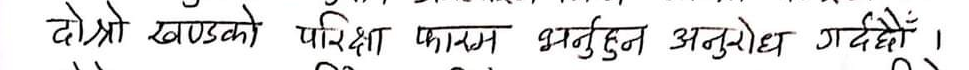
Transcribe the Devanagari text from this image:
दोस्रो खण्डको परिक्षा फारम भर्नुहुन अनुरोध गरिन्छ ।